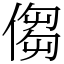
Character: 㑳